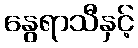
နွေရာသီနှင့်